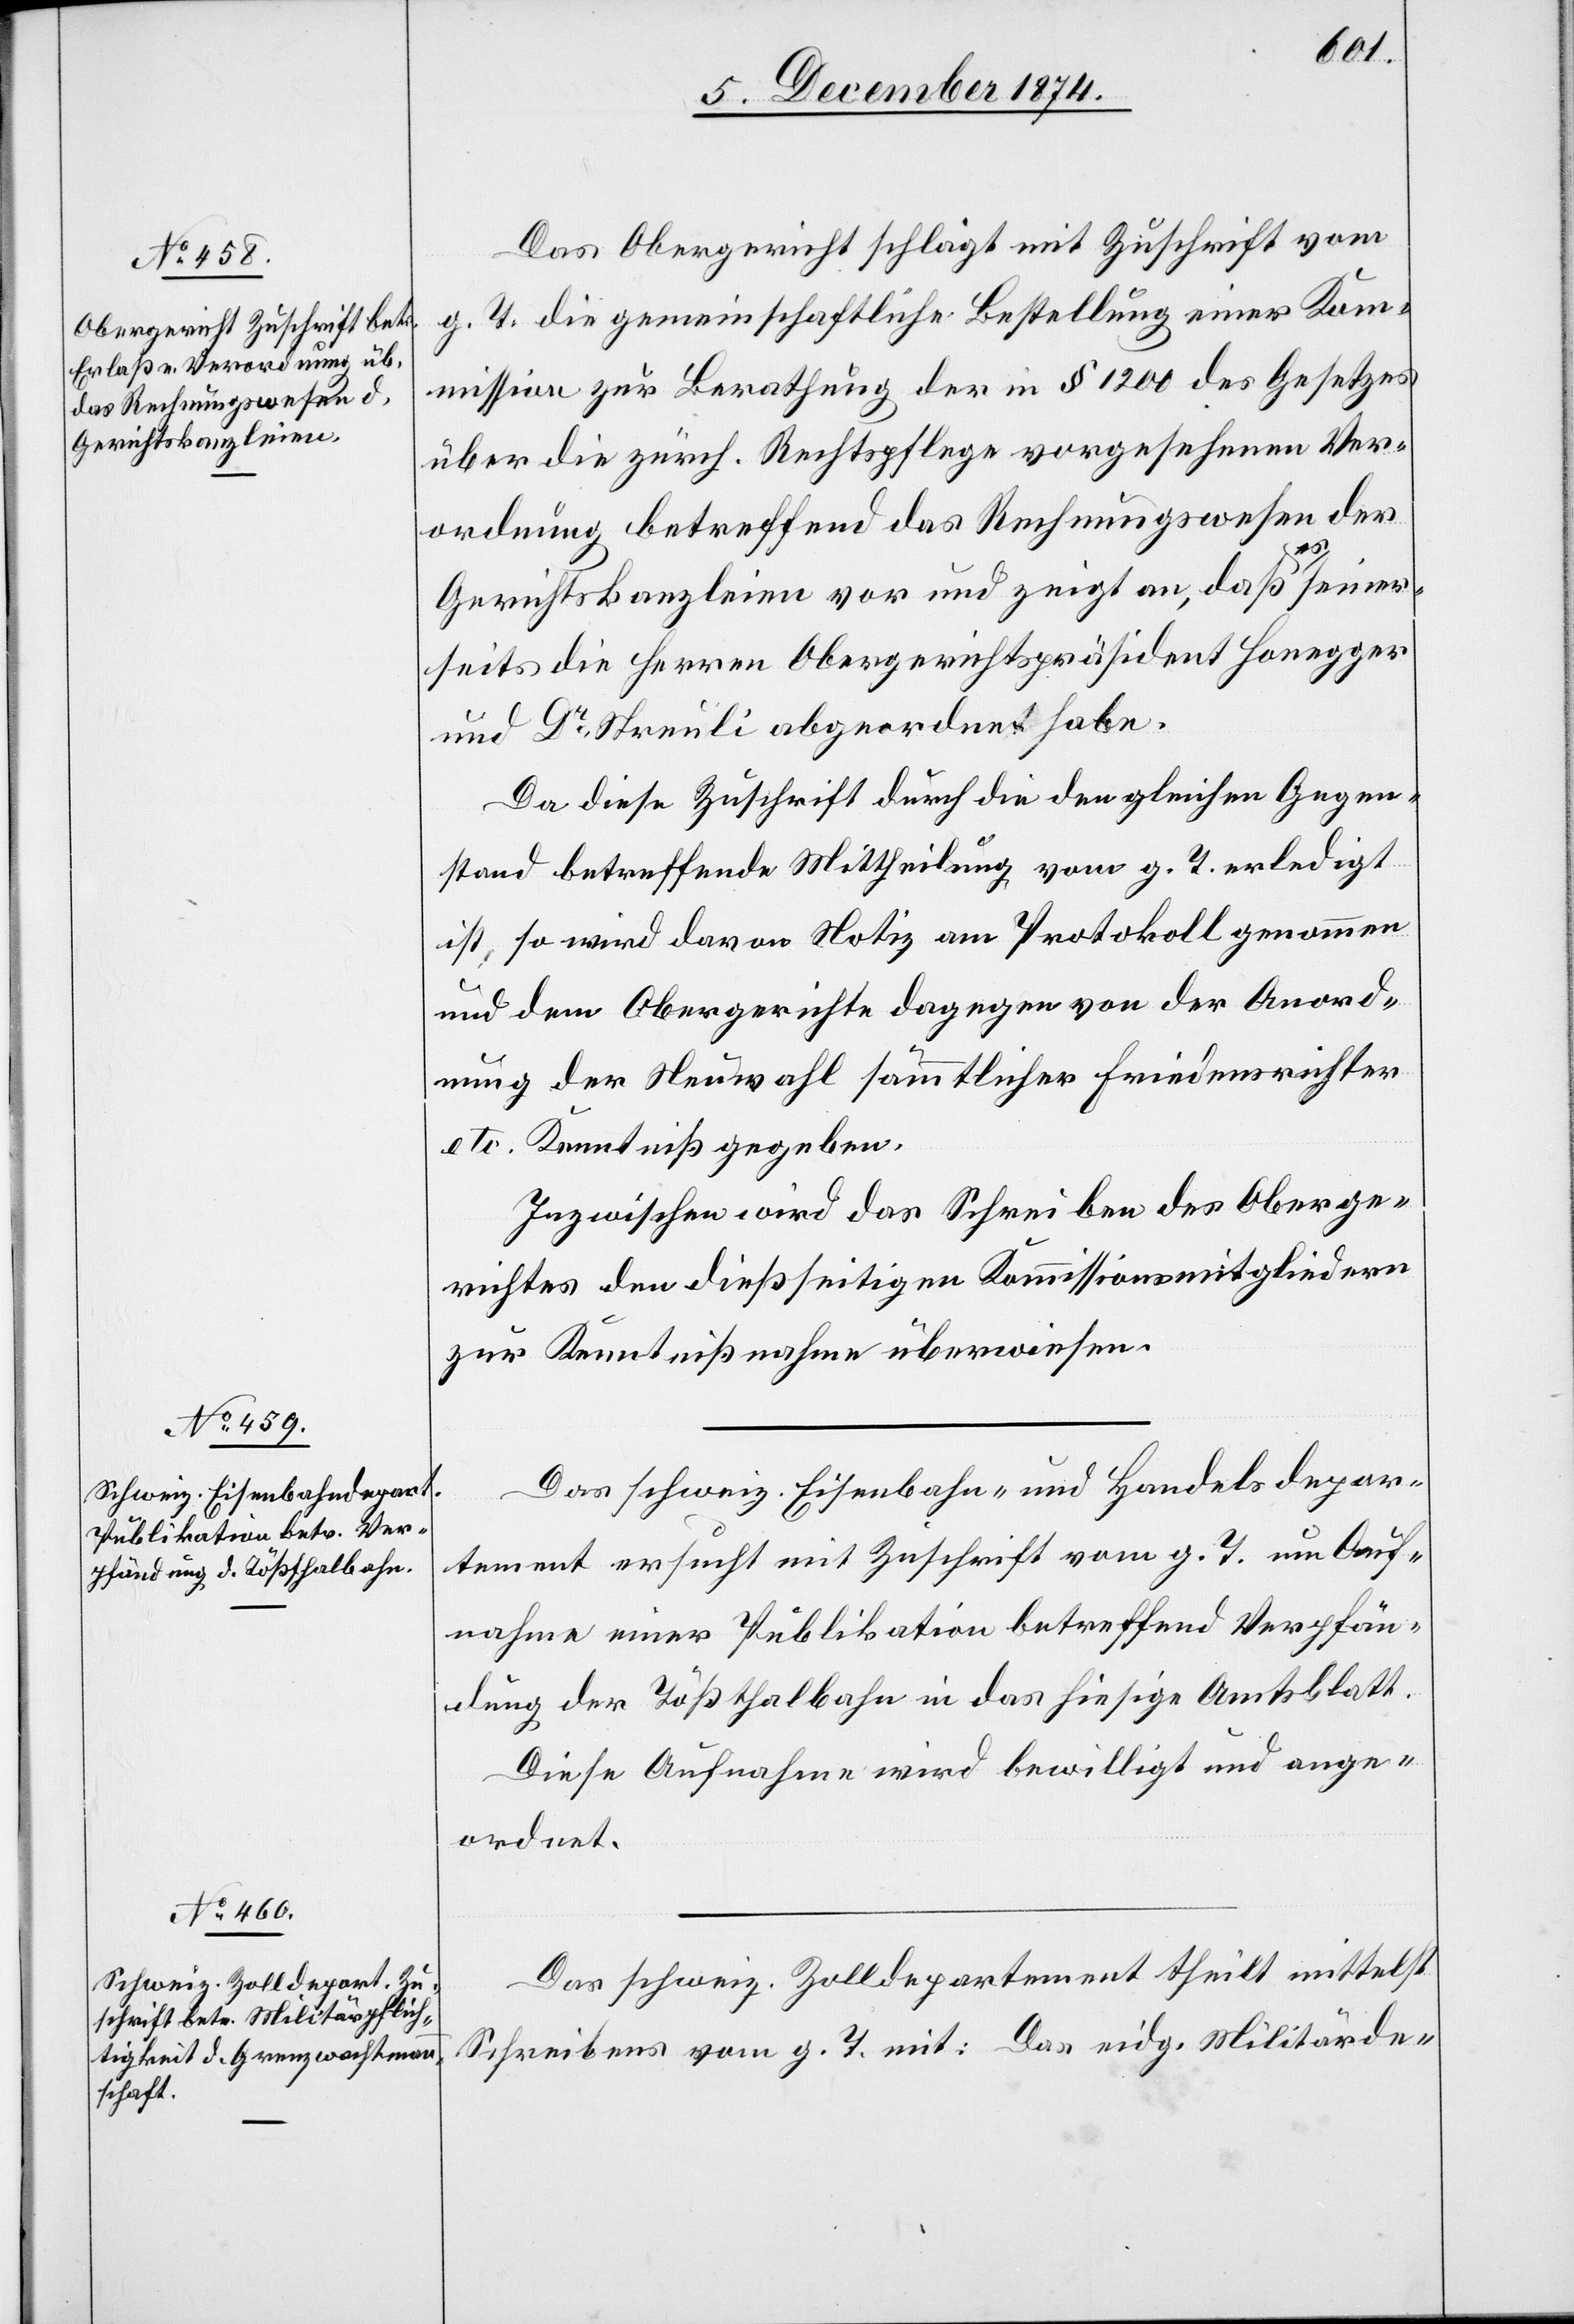
9. Dezember 1874.]
Das Obergericht schlägt mit Zuschrift vom
g. T. die gemeinschaftliche Bestellung einer Kom¬
mission zur Berathung der in § 1200 des Gesetzes
über die zürch. Rechtspflege vorgesehenen Ver¬
ordnung betreffend das Rechnungswesen der
Gerichtskanzleien vor und zeigt an, daß es seiner¬
seits die Herren Obergerichtspräsident Honegger
und Dr Streuli abgeordnet habe.
Da diese Zuschrift durch die den gleichen Gegen¬
stand betreffende Mittheilung vom g. T. erledigt
ist, so wird davon Notiz am Protokoll genommen
und dem Obergerichte dagegen von der Anord¬
nung der Neuwahl sämmtlicher Friedensrichter
etc. Kenntniß gegeben.
Inzwischen wird das Schreiben des Oberge¬
richtes den dießseitigen Kommissionsmitgliedern
zur Kenntnißnahme überwiesen.
Das schweiz. Eisenbahn- und Handelsdepar¬
tement ersucht mit Zuschrift vom g. T. um Auf¬
nahme einer Publikation betreffend Verpfän¬
dung der Tößthalbahn in das hiesige Amtsblatt.
Diese Aufnahme wird bewilligt und ange¬
ordnet.
Das schweiz. Zolldepartement theilt mittelst
Schreibens vom g. T. mit: Das eidg. Militärde-